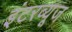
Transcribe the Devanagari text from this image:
इंटरव्यूज